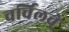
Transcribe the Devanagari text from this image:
चर्चिलचे